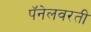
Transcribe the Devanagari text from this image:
पॅनेलवरती